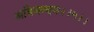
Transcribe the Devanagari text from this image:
अत्रिनन्‍दन।।५।।